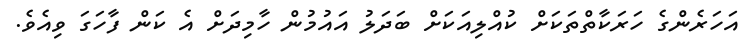
އަހަރެންގެ ހަރަކާތްތަކަށް ކުއްލިއަކަށް ބަދަލު އައުމުން ހާމިދަށް އެ ކަން ފާހަގަ ވިއެވެ.